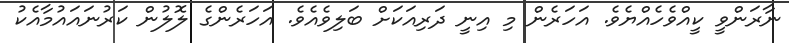
ނާރަންވީ ކީއްވެހެއްޔެވެ. އަހަރެން މި އިނީ ދަރިއަކަށް ބަލިވެއެވެ. އަހަރެންގެ ލޮލުން ކަރުނައައުމާއެކު